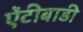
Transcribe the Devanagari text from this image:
ऐंटीबाडी